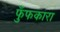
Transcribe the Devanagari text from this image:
फुँफकारा